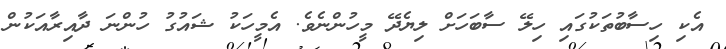
އެކި ހިސާބުތަކުގައި ހިލޭ ސާބަހަށް ލިޔެދޭ މީހުންނެވެ. އެމީހަކު ޝައުގު ހުންނަ ދާއިރާއަކުން